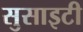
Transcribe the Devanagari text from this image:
सुसाइटी